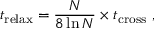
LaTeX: t _ { \mathrm { r e l a x } } = { \frac { N } { 8 \ln N } } \times t _ { \mathrm { c r o s s } } \ ,